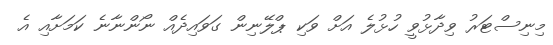
މިނިސްޓަރު ވިދާޅުވީ ހުޅުލެ އަށް ވަކި ޕްލޭނިން ގަވައިދެއް ނޯންނާނެ ކަމަށާއި އެ